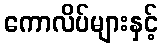
ကောလိပ်များနှင့်